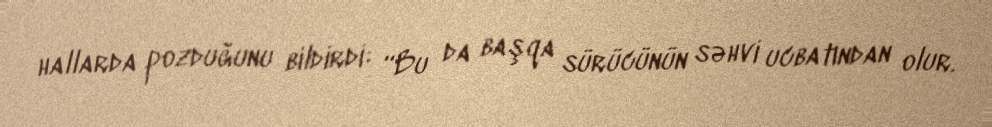
hallarda pozduğunu bildirdi: “Bu da başqa sürücünün səhvi ucbatından olur.